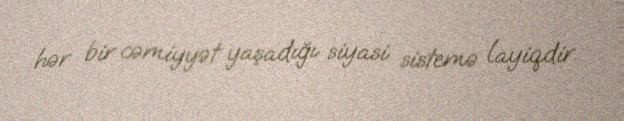
hər bir cəmiyyət yaşadığı siyasi sistemə layiqdir.